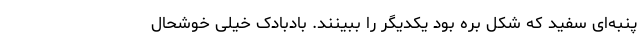
پنبه‌ای سفید که شکل بره بود یکدیگر را ببینند. بادبادک خیلی خوشحال